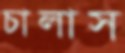
চালাস